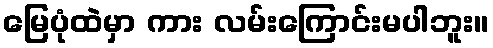
မြေပုံထဲမှာ ကား လမ်းကြောင်းမပါဘူး။